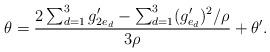
LaTeX: \begin{align*} \theta = \frac{2\sum_{d=1}^3 g_{2e_d}' - \sum_{d=1}^3 (g_{e_d}' )^2 / \rho}{3 \rho} + \theta'.\end{align*}